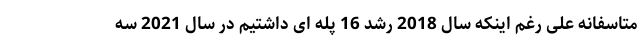
متاسفانه علی رغم اینکه سال 2018 رشد 16 پله ای داشتیم در سال 2021 سه